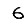
Digit: 6